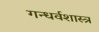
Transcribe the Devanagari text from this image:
गन्धर्वशास्त्र